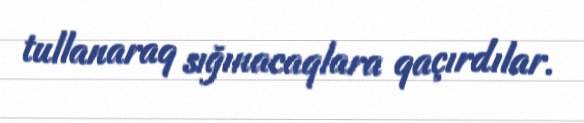
tullanaraq sığınacaqlara qaçırdılar.